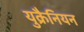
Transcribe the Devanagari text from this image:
युक्रैनियन